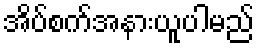
အိပ်စက်အနားယူပါမည်